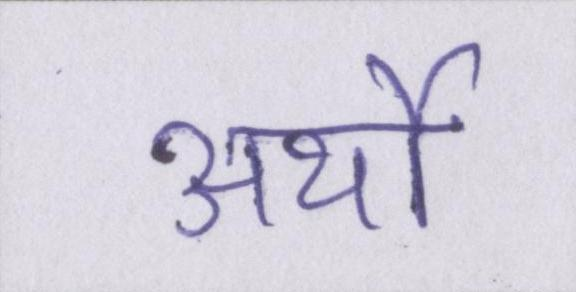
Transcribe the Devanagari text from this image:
अर्थों